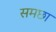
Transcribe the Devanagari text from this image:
समछा